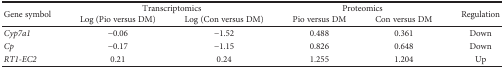
<table><thead><tr><td rowspan="2"><b>Gene symbol</b></td><td colspan="2"><b>Transcriptomics</b></td><td colspan="2"><b>Proteomics</b></td><td rowspan="2"><b>Regulation</b></td></tr><tr><td><b>Log (Pio versus DM)</b></td><td><b>Log (Con versus DM)</b></td><td><b>Pio versus DM</b></td><td><b>Con versus DM</b></td></tr></thead><tbody><tr><td><i>Cyp7a1</i></td><td>−0.06</td><td>−1.52</td><td>0.488</td><td>0.361</td><td>Down</td></tr><tr><td><i>Cp</i></td><td>−0.17</td><td>−1.15</td><td>0.826</td><td>0.648</td><td>Down</td></tr><tr><td><i>RT1-EC2</i></td><td>0.21</td><td>0.24</td><td>1.255</td><td>1.204</td><td>Up</td></tr></tbody></table>